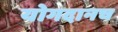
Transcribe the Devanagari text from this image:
योगदानच